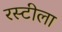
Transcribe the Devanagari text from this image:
रस्टीला